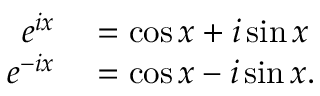
\begin{array} { r l } { e ^ { i x } } & { { } = \cos x + i \sin x } \\ { e ^ { - i x } } & { { } = \cos x - i \sin x . } \end{array}